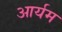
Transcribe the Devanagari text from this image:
आर्यम